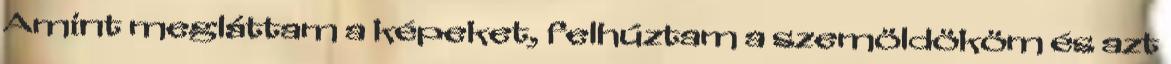
Amint megláttam a képeket, felhúztam a szemöldököm és azt